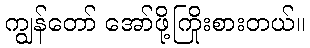
ကျွန်တော် အော်ဖို့ကြိုးစားတယ်။